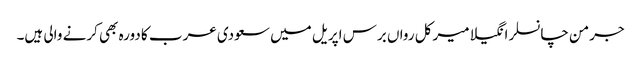
جرمن چانسلر انگیلا میرکل رواں برس اپریل میں سعودی عرب کا دورہ بھی کرنے والی ہیں۔